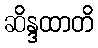
ဆိန္ဒထာတိ